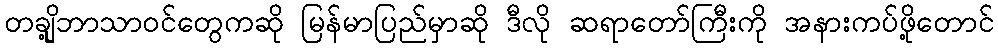
တချို့ဘာသာဝင်တွေကဆို မြန်မာပြည်မှာဆို ဒီလို ဆရာတော်ကြီးကို အနားကပ်ဖို့တောင်